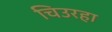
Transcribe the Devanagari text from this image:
चिउरहा